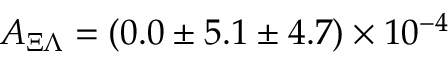
A _ { \Xi \Lambda } = ( 0 . 0 \pm 5 . 1 \pm 4 . 7 ) \times 1 0 ^ { - 4 }